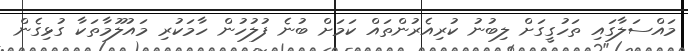
މައްސަލާގައި ތަހުގީގަށް ލިބުނު ކުރިއެރުންތައް ކަމަށް ބުނެ ފުލުހުން ހާމަކުރި މައުލޫމާތަކާ ގުޅިގެން